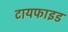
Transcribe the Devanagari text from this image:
टायफाइड